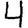
Digit: 4